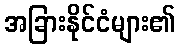
အခြားနိုင်ငံများ၏